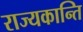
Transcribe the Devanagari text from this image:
राज्यकान्ति